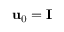
\mathbf { u } _ { 0 } = \mathbf { I }